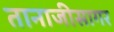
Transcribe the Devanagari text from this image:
तानाजीसागर